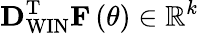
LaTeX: {\mathbf D}_{\mathrm{WIN}}^{\mathrm{T}}{\mathbf F}\left(\theta\right)\in{{\mathbb{R}}^{k}}